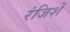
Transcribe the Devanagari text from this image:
रंजिशें